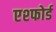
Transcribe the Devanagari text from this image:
एश्फोर्ड